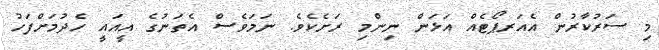
މި ސަރުކާރުން އެއަރޕޯޓެއް އަޅަން ނިންމި ރަށެކެވެ. ނަމަވެސް އެތަނުގެ އީއައީ ހެދުމަށްފަހު